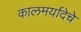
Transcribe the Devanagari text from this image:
कालमर्यादेचे